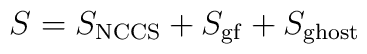
S = S_{\rm NCCS} + S_{\rm gf} + S_{\rm ghost}